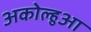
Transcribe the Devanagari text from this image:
अकोल्हुआ